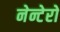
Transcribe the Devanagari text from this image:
नेन्टेरो